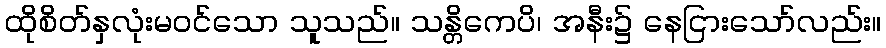
ထိုစိတ်နှလုံးမဝင်သော သူသည်။ သန္တိကေပိ၊ အနီး၌ နေငြားသော်လည်း။